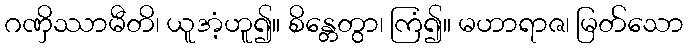
ဂဏှိဿာမီတိ၊ ယူအံ့ဟူ၍။ စိန္တေတွာ၊ ကြံ၍။ မဟာရာဇ၊ မြတ်သော